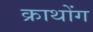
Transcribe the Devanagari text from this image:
क्राथोंग